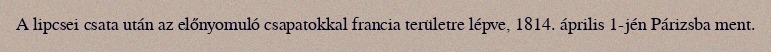
A lipcsei csata után az előnyomuló csapatokkal francia területre lépve, 1814. április 1-jén Párizsba ment.